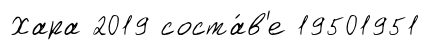
Хара 2019 соста́в'е 19501951